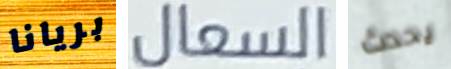
بريانا السعال يحدث